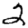
Digit: 2